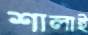
শালাই